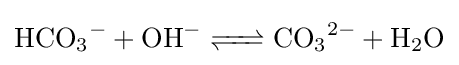
{\ce {HCO3- + OH- <=> CO3^2- + H2O}}